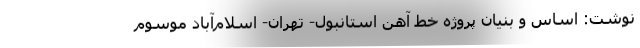
نوشت: اساس و بنیان پروژه خط آهن استانبول- تهران- اسلام‌آباد موسوم